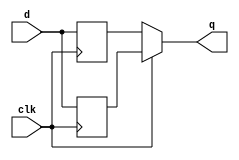
module top_module (
    input clk,
    input d,
    output q
);
    wire qp , qn;
    
    always@(posedge clk )begin
    	qp <= d;
    end
    
    always@(negedge clk )begin
    	qn <= d;
    end
    
    assign q = clk ? qp : qn;
endmodule